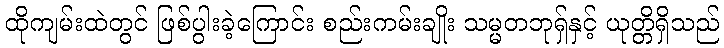
ထိုကျမ်းထဲတွင် ဖြစ်ပွါးခဲ့ကြောင်း စည်းကမ်းချိုး သမ္မတဘုရှ်နှင့် ယုတ္တိရှိသည်